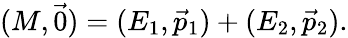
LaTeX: (M,{\vec{0}})=(E_{1},{\vec{p}}_{1})+(E_{2},{\vec{p}}_{2}).